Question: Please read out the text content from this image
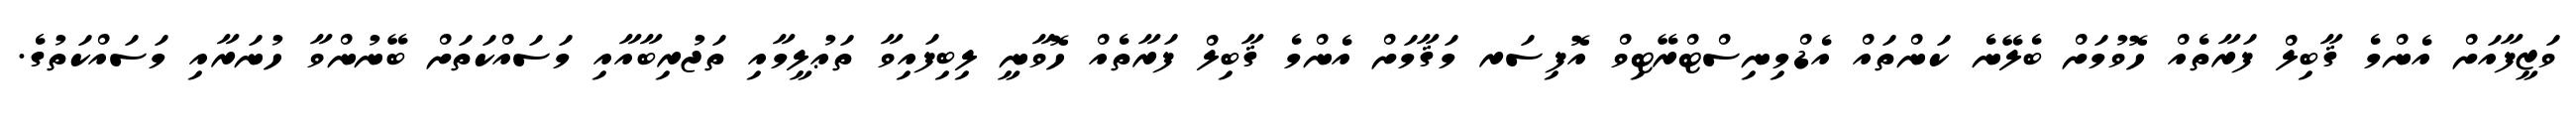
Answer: ވަޒީފާއަށް އެންމެ ޤާބިލް ފަރާތެއް ހޮވުމަށް ބެލޭނެ ކަންތައް އެޑްމިނިސްޓްރޭޓިވް އޮފިސަރ މަޤާމަށް އެންމެ ޤާބިލް ފަރާތެއް ހޮވާނީ ލިބިފައިވާ ތަޢުލީމާއި ތަޖުރިބާއާއި މަސައްކަތަށް ބޭނުންވާ ހުނަރާއި މަސައްކަތުގެ.